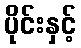
ပိုင်းနှင့်